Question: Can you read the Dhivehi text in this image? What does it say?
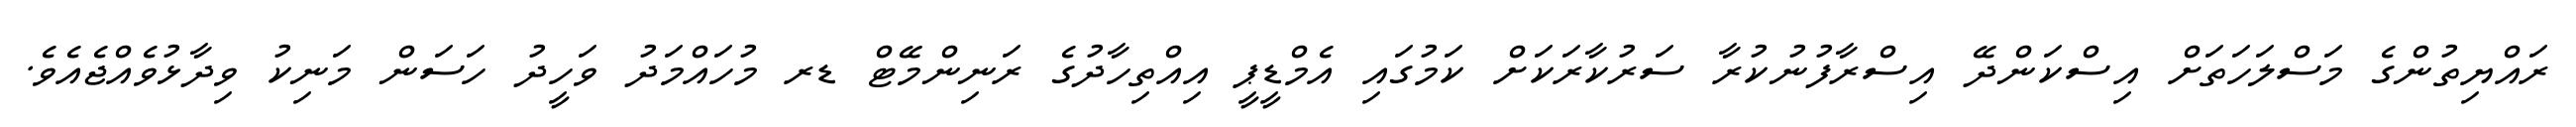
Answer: ރައްޔިތުންގެ މަސްލަހަތަށް އިސްކަންދޭ އިސްރާފުނުކުރާ ސަރުކާރަކަށް ކަމުގައި އެމްޑީޕީ އިއްތިހާދުގެ ރަނިންމޭޓް ޑރ މުހައްމަދު ވަހީދު ހަސަން މަނިކު ވިދާޅުވެއްޖެއެވެ.